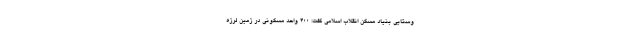
وستایی بنیاد مسکن انقلاب اسلامی گفت: ۴۰۰ واحد مسکونی در زمین لرزه